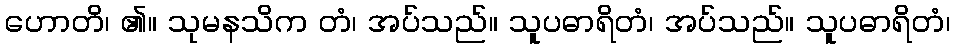
ဟောတိ၊ ၏။ သုမနသိက တံ၊ အပ်သည်။ သူပဓာရိတံ၊ အပ်သည်။ သူပဓာရိတံ၊